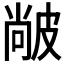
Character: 𤿼